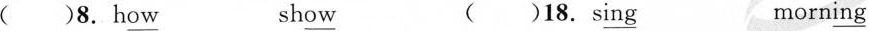
()8.h\underline{ow} sh\underline{ow} ()18.s\underline{ing} morn\underline{ing}